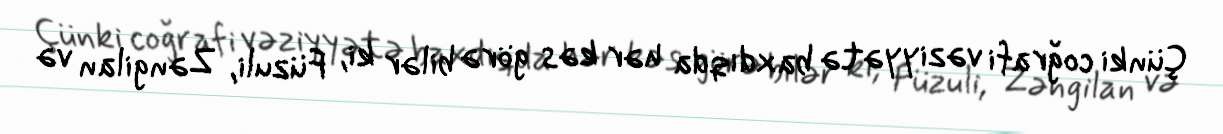
Çünki coğrafi vəziyyətə baxdıqda hər kəs görə bilər ki, Füzuli, Zəngilan və